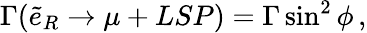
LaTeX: \Gamma(\tilde{e}_{R}\rightarrow\mu+LSP)=\Gamma\sin^{2}{\phi}\, ,